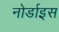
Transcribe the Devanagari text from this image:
नोर्डाइस